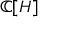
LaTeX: \mathbb { C } [ H ]